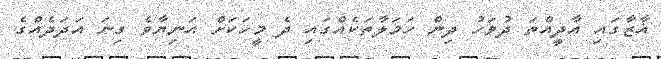
ޣާޒާގައި އާދީއްތަ ދުވަހު ދިން ހަމަލާތަކެއްގައި ދެ މީހަކަށް އަނިޔާވެ ގިނަ އަދަދެއްގެ